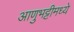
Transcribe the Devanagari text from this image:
आणुभट्टीमध्ये